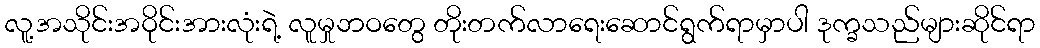
လူ့အသိုင်းအဝိုင်းအားလုံးရဲ့ လူမှုဘဝတွေ တိုးတက်လာရေးဆောင်ရွက်ရာမှာပါ ဒုက္ခသည်များဆိုင်ရာ